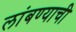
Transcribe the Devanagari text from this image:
लांबण्याची